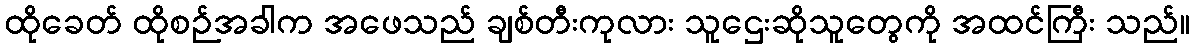
ထိုခေတ် ထိုစဉ်အခါက အဖေသည် ချစ်တီးကုလား သူဌေးဆိုသူတွေကို အထင်ကြီး သည်။